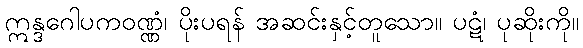
ဣန္ဒဂေါပကဝဏ္ဏံ၊ ပိုးပရန် အဆင်းနှင့်တူသော။ ပဋံ၊ ပုဆိုးကို။